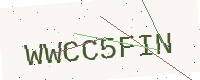
Text: WWCC5FIN